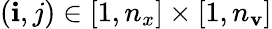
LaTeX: (\mathbf{i},j)\in[1,n_{x}]\times[1,n_{\mathbf{v}}]